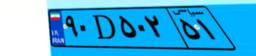
۹۰D۵۰۲۵۱